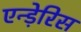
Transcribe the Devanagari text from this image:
एन्ड़ेरिस